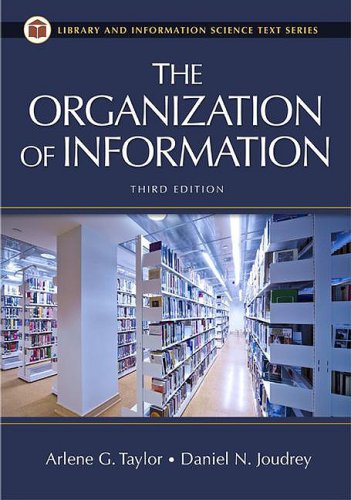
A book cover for The Organization of Information; Arlene G. Taylor; Politics & Social Sciences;